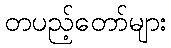
တပည့်တော်များ